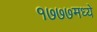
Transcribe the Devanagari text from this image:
१७७७मध्ये